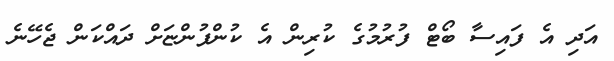
އަދި އެ ފައިސާ ބޯޓް ފުރުމުގެ ކުރިން އެ ކުންފުންޏަށް ދައްކަން ޖެހޭނެ